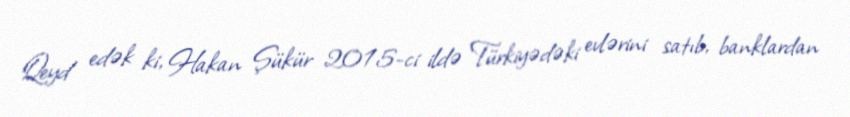
Qeyd edək ki, Hakan Şükür 2015-ci ildə Türkiyədəki evlərini satıb, banklardan